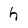
Character: h